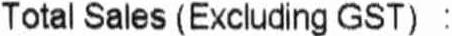
TOTAL SALES (EXCLUDING GST) :